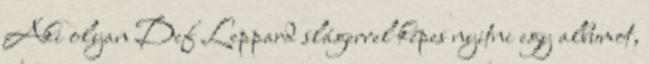
Aki olyan Def Leppard slágerrel képes nyitni egy albumot,